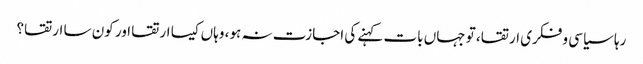
رہا سیاسی و فکری ارتقا، تو جہاں بات کہنے کی اجازت نہ ہو، وہاں کیسا ارتقا اور کون سا ارتقا؟